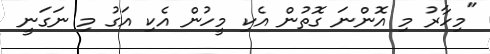
"މިހާރު މި އޮންނަ ގޮތުން އެކި މީހުން އެކި އަގު މި ނަގަނީ